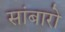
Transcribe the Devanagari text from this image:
सांबारो